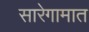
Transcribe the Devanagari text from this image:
सारेगामात